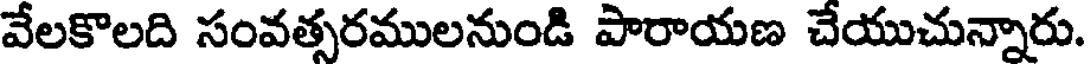
వేలకొలది సంవత్సరములనుండి పారాయణ చేయుచున్నారు.